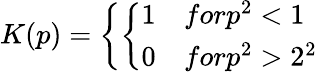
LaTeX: K(p)=\left\{ \left\{ \begin{array}{ll}{{1}}&{{forp^{2}<1}}\\ {{0}}&{{forp^{2}>2^{2}}}\end{array}\right.\right.